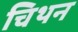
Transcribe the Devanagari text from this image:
चिथन